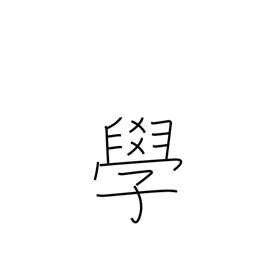
Meaning: knowledge